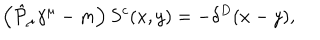
LaTeX: \left( \hat { { \cal P } } _ { \mu } \gamma ^ { \mu } - m \right) S ^ { c } ( x , y ) = - \delta ^ { D } ( x - y ) ,